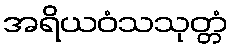
အရိယဝံသသုတ္တံ